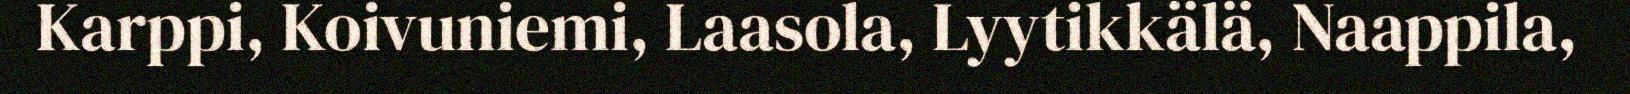
Karppi, Koivuniemi, Laasola, Lyytikkälä, Naappila,